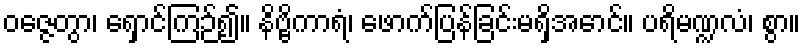
ဝဇ္ဇေတွာ၊ ရှောင်ကြဉ်၍။ နိဗ္ဗိကာရံ၊ ဖောက်ပြန်ခြင်းမရှိအောင်။ ပရိမဏ္ဍလံ၊ စွာ။